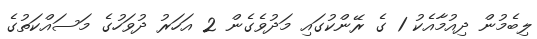
ލިބެމުން ދިއުމާއެކު 1 ގެ ރޭންކުގައި މަދުވެގެން 2 އަހަރު ދުވަހުގެ މަސައްކަތުގެ